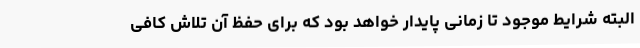
البته شرایط موجود تا زمانی پایدار خواهد بود که برای حفظ آن تلاش کافی